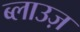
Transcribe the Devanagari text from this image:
ब्लाउज़